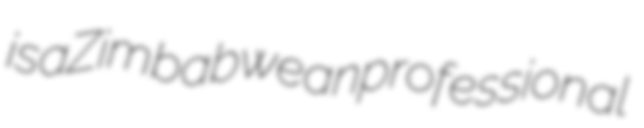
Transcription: is a Zimbabwean professional